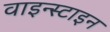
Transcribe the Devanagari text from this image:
वाइन्स्टाइन